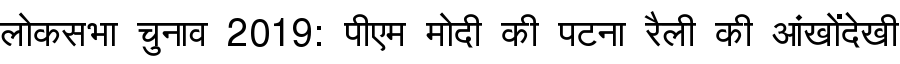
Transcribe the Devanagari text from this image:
लोकसभा चुनाव 2019: पीएम मोदी की पटना रैली की आंखोंदेखी